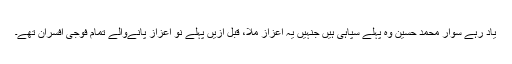
یاد رہے سوار محمد حسین وہ پہلے سپاہی ہیں جنہیں یہ اعزاز ملا، قبل ازیں پہلے نو اعزاز پانےوالے تمام فوجی افسران تھے۔